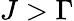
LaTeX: J>\Gamma